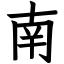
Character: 南